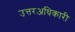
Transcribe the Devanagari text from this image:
उत्तरअधिकारी